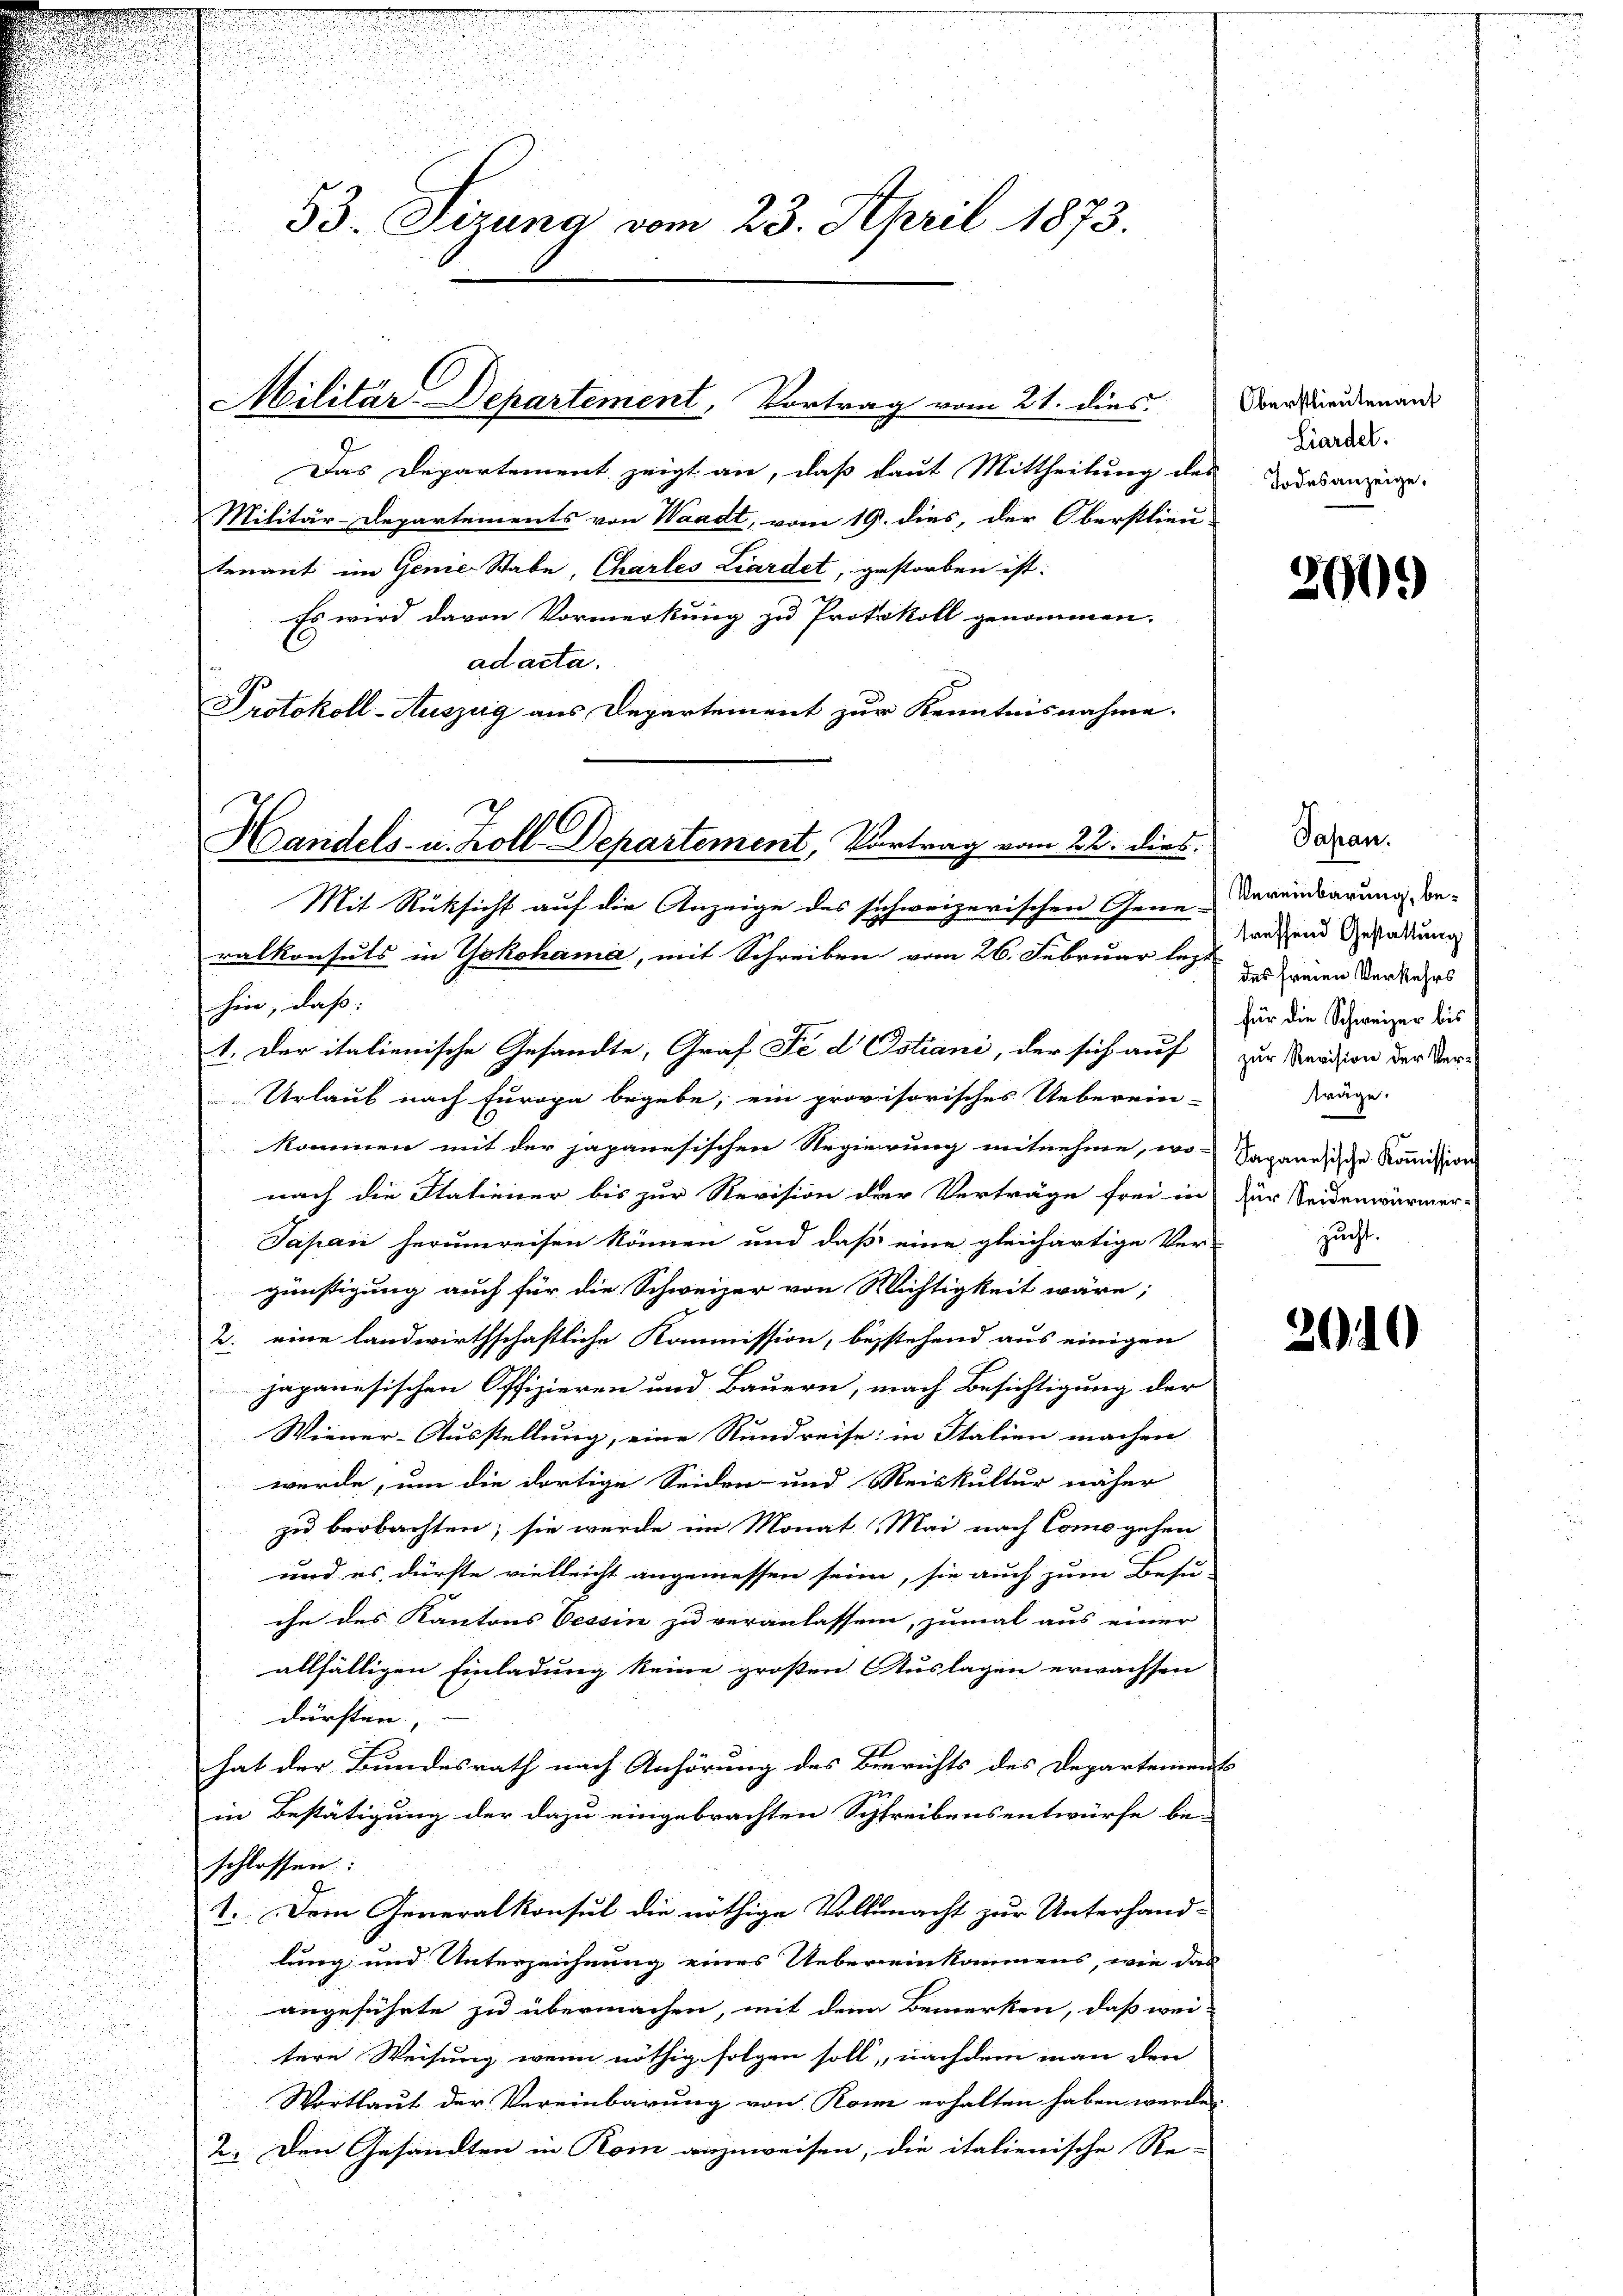
53. Sizung vom 23. April 1873.

d
Das Departement zeigt an, daß laut Mittheilung des Gesanze
Militär-Departements von Waadt, vom 19. dies, der Oberstlieu-
tenant im Genie Stabe, Chartes Liardet, gestorben ist:
Es wird davon Vormerkung zu Protokoll genommen.
ad acta.
Protokoll-Auszug aus Departement zur Kenntnisnahme.

Handels- u. Zoll Departement, Vortrag vom 22. dies

Militär-Departement, Vortrag vom 21. dies

Oberstlieutenant
Liardel.

Mit Rücksicht auf die Anzeige des sichweizerischen Gene-
ralkonsuls in Yokohama, mit Schreiben vom 26. Februar lezt
hin, daß:
1. Der italienische Gesandte, Graf Fe d Ostiani, der sich auf
Urlaub nach Europa begebe, ein provisorisches Ueberein-
kommen mit der japanesischen Regierung mitnehme, wo-
nach die Stationer bis zur Revision der Verträge frei in
Japan herumreisen können und daß eine gleichartige Ver-
günstigung auch für die Schweizer von Wichtigkeit wäre;
2. eine landwirthschaftliche Kommission, bestehend aus einigen
japanesischen Offizieren und Bauern, nach Besichtigung der
Wiener-Ausstellung, eine Rundreise: in Italien machen
werde, um die dortige Seiden- und Reiskultur näher
zu beobachten; sie werde im Monat Mai nach Comogehen
und es dürfte vielleicht angemessen seien, sie auch zum Besu-
ihn des Kantons Cessin zu veranlassen, zumal aus einer
allfälligen Einladung keine großen Auslagen erwachsen
dürften,
hat der Bundesrath nach Anhörung des Berichts des Departeniess
in Bestätigung der dazu eingebrachten Schreibensentwürfe be-
schlossen:
1. Dem Generalkonsul die nöthige Vollmacht zur Unterhand-
lung und Unterzeichnung eines Uebereinkommens, wie das
angeführte zu übermachen, mit dem Bemerken, daß wei-
tere Weisung, wenn nöthig folgen soll, nachdem man den
Wortlaut der Vereinbarung von Koni erhalten haben werden
2. Den Gesandten in Rom anzuweisen, die italienische Re-

261

Japan.
Vereinbarung, betreffend Gestattung
des freien Verkehrs
für die Schweizer bis
zur Revision der Verträge.
Sapanesische Koṁission
für Seidenwürmerzucht.

2120)